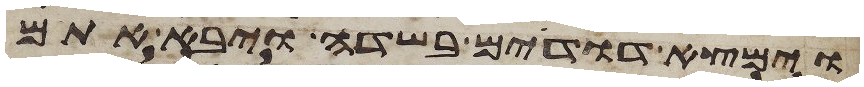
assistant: וימצא דודים בשדה ויבא אתם